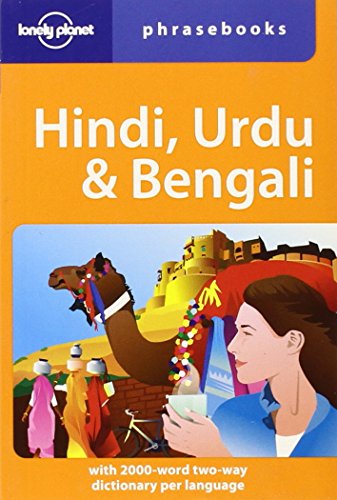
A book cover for Lonely Planet Hindi, Urdu & Bengali Phrasebook (Lonely Planet Phrasebook: Hindi, Urdu & Bengali); Lonely Planet; Travel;